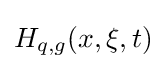
H_{q,g}(x,\xi ,t)